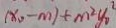
( x _ { 0 } - m ) + m ^ { 2 } y _ { 0 } ^ { 2 }